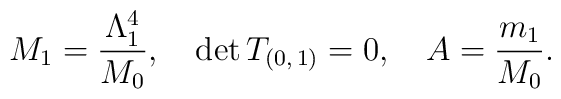
M_{1}=\frac{\Lambda _{1}^{4}}{M_{0}},\quad\mathrm{det}\,T_{(0,\,1)}=0,\quad A=\frac{m_{1}}{M_{0}}.